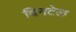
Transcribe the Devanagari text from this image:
विनटेल